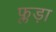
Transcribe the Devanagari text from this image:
फ्लड़ा